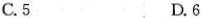
C.5 D.6